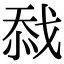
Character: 𢧏